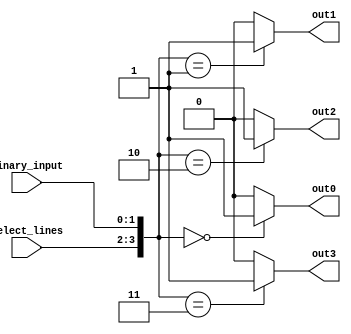
module binary_decoder (
  input [1:0] binary_input,
  input [1:0] select_lines,
  output reg out0,
  output reg out1,
  output reg out2,
  output reg out3
);

always @(*)
begin
  case ({select_lines, binary_input})
    2'b00_00: begin
      out0 = 1;
      out1 = 0;
      out2 = 0;
      out3 = 0;
    end
    2'b00_01: begin
      out0 = 0;
      out1 = 1;
      out2 = 0;
      out3 = 0;
    end
    2'b00_10: begin
      out0 = 0;
      out1 = 0;
      out2 = 1;
      out3 = 0;
    end
    2'b00_11: begin
      out0 = 0;
      out1 = 0;
      out2 = 0;
      out3 = 1;
    end
    default: begin
      out0 = 0;
      out1 = 0;
      out2 = 0;
      out3 = 0;
    end
  endcase
end

endmodule